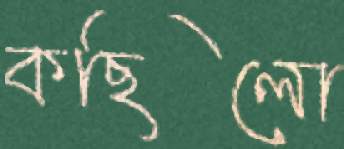
কছিলো